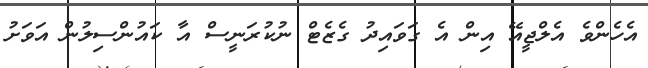
އެހެންވެ އެލްޖީއޭ އިން އެ ގަވައިދު ގެޒެޓް ނުކުރަނީސް އާ ކައުންސިލުން އަވަށު